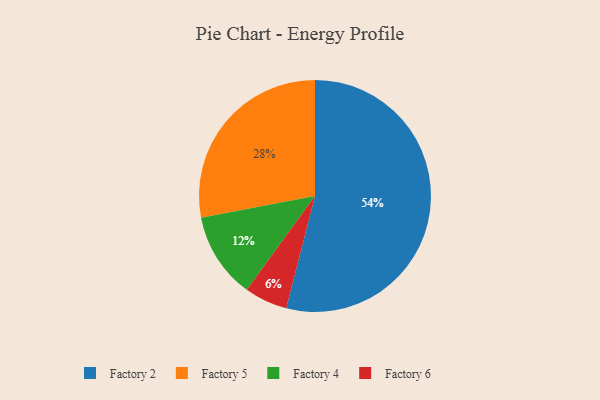
{"axis": {"x": "Category", "y": "Percentage"}, "legend": ["Factory 2", "Factory 4", "Factory 5", "Factory 6"], "data": [{"x": "Factory 5", "y": 28, "type": "Factory 5"}, {"x": "Factory 6", "y": 6, "type": "Factory 6"}, {"x": "Factory 2", "y": 54, "type": "Factory 2"}, {"x": "Factory 4", "y": 12, "type": "Factory 4"}]}